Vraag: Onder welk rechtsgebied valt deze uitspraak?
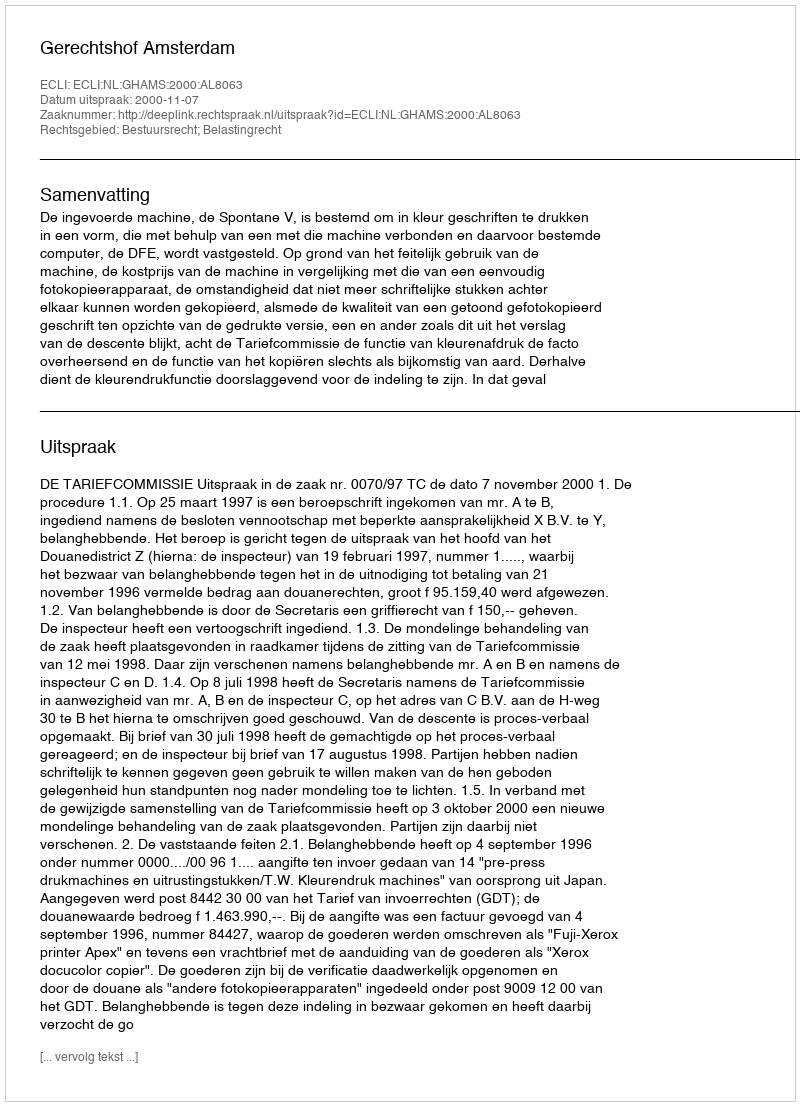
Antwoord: Bestuursrecht; Belastingrecht